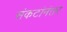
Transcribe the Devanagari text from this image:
संकटांनंतर